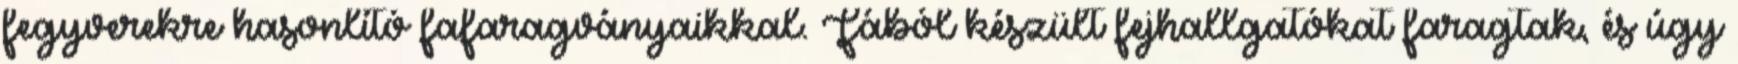
fegyverekre hasonlító fafaragványaikkal. Fából készült fejhallgatókat faragtak, és úgy